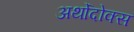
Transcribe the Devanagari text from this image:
अर्थोदोक्स